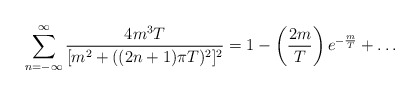
\begin{align*}\sum_{n=-\infty}^\infty \frac{4 m^3 T}{[m^2 +((2n+1)\pi T)^2]^2}=1-\left(\frac{2 m}{T}\right)e^{-\frac{m}{T}}+\dots\end{align*}